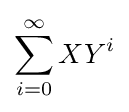
\sum _{i=0}^{\infty }XY^{i}